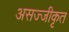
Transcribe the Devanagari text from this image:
असज्जीकृत